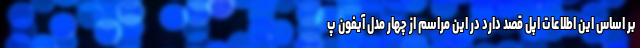
بر اساس این اطلاعات اپل قصد دارد در این مراسم از چهار مدل آیفون پ